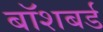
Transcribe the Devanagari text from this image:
बॉशबर्ड